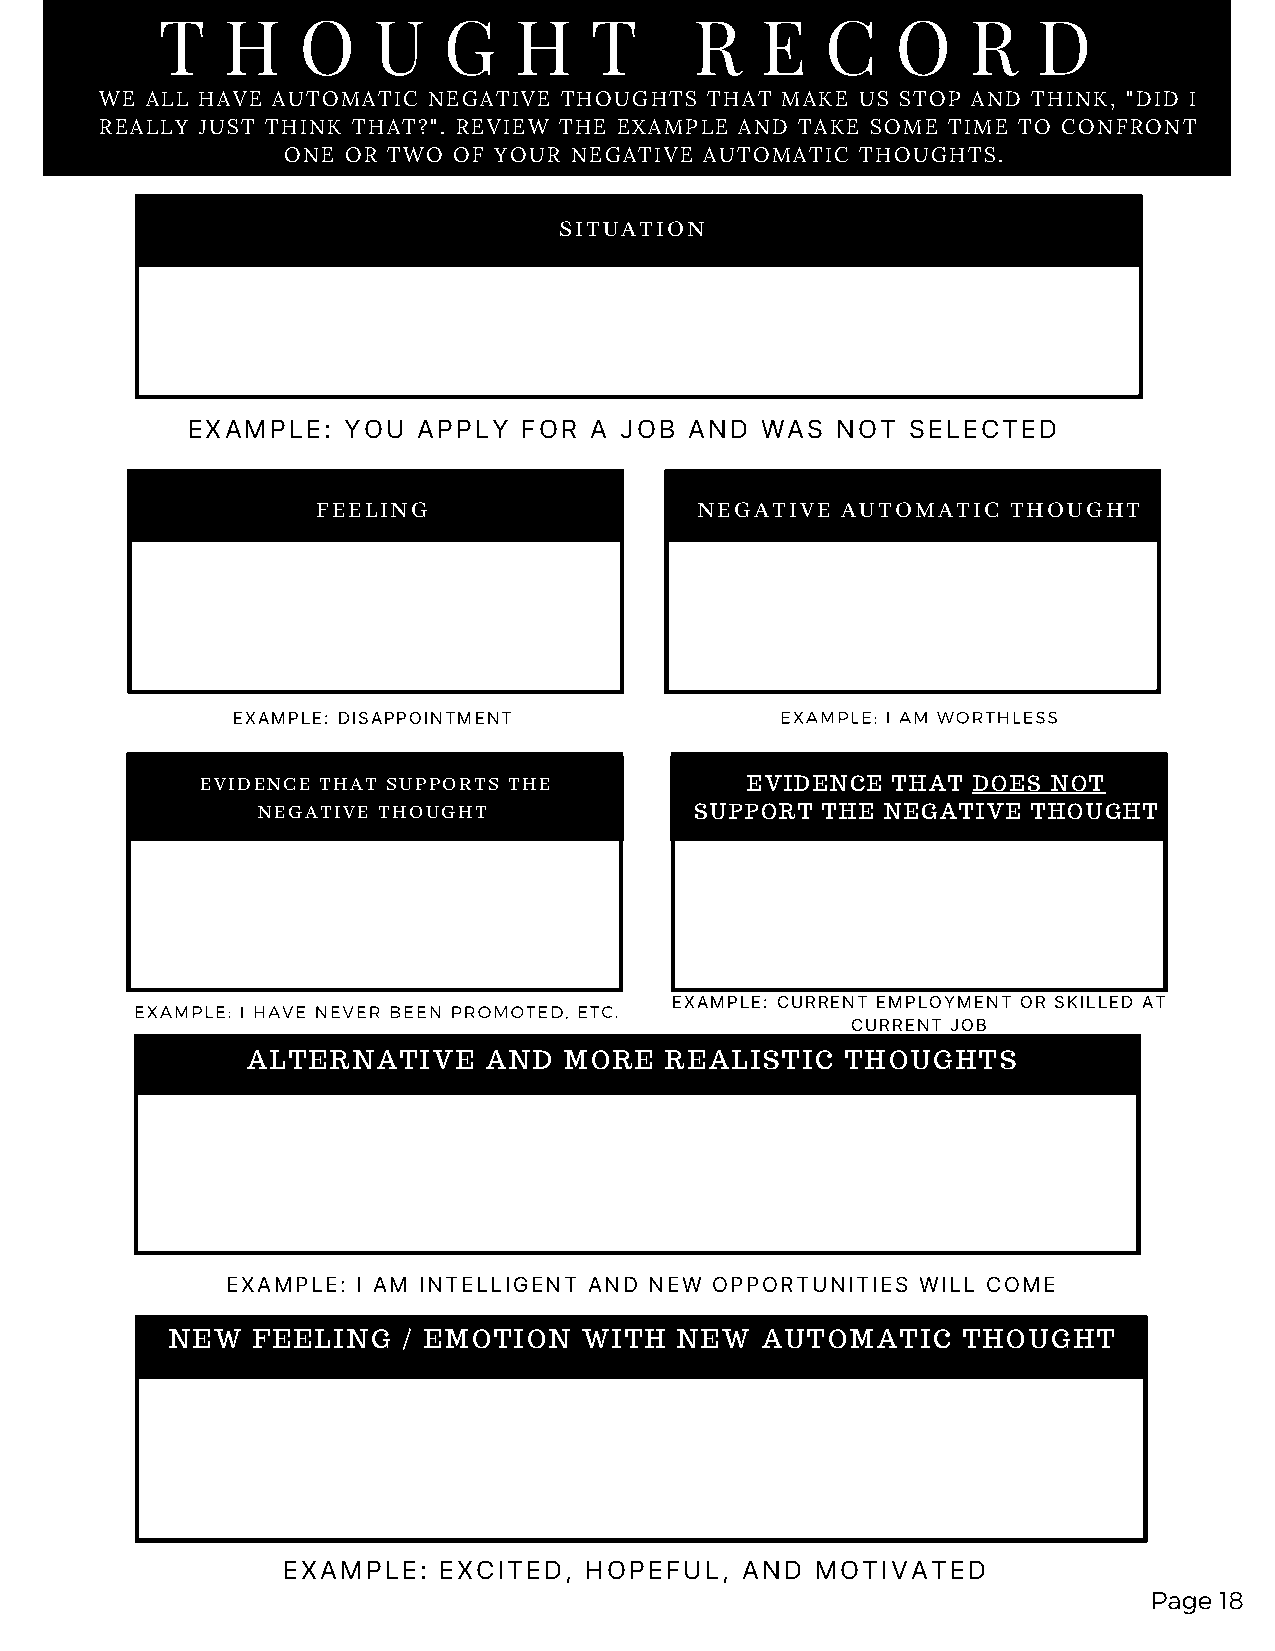
T    H    O    U   G    H    T      R   E    C   O    R    D
 WE ALL HAVE AUTOMATIC NEGATIVE THOUGHTS THAT MAKE US STOP AND THINK, "DID I
 REALLY JUST THINK THAT?". REVIEW THE EXAMPLE AND TAKE SOME TIME TO CONFRONT
 ONE OR TWO OF YOUR NEGATIVE AUTOMATIC THOUGHTS.
 SITUATION
 EXAMPLE:   YOU  APPLY  FOR A JOB  AND WAS  NOT  SELECTED
 FEELING                  NEGATIVE  AUTOMATIC  THOUGHT
 EXAMPLE: DISAPPOINTMENT              EXAMPLE: I AM WORTHLESS
 EVIDENCE THAT SUPPORTS THE          EVIDENCE  THAT DOES  NOT
 NEGATIVE THOUGHT             SUPPORT THE  NEGATIVE THOUGHT
 EXAMPLE: I HAVE NEVER BEEN PROMOTED, ETC. EXAMPLE: CURRENT EMPLOYMENT OR SKILLED AT
 CURRENT JOB
 ALTERNATIVE     AND  MORE   REALISTIC   THOUGHTS
 EXAMPLE: I AM INTELLIGENT AND NEW OPPORTUNITIES WILL COME
 NEW   FEELING   / EMOTION   WITH  NEW  AUTOMATIC     THOUGHT
 EXAMPLE:  EXCITED,  HOPEFUL,  AND  MOTIVATED
 Page 18